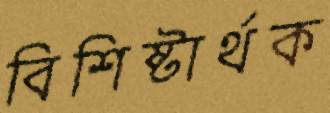
বিশিষ্টার্থক